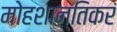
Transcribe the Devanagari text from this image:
मोहशान्तिकरं